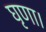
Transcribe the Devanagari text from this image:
घृणा।